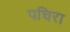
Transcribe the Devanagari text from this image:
पचिरा